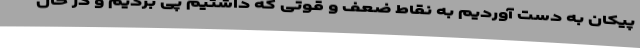
پیکان به دست آوردیم به نقاط ضعف و قوتی که داشتیم پی بردیم و در حال